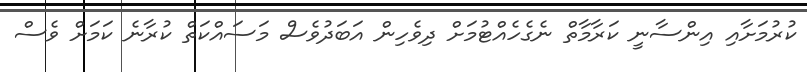
ކުރުމަށާއި އިންސާނީ ކަރާމާތް ނެގެހެއްޓުމަށް ދިވެހިން އަބަދުވެސް މަސައްކަތް ކުރާނެ ކަމަށް ވެސް